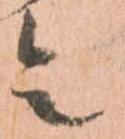
令